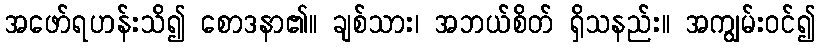
အဖော်ရဟန်းသိ၍ စောဒနာ၏။ ချစ်သား၊ အဘယ်စိတ် ရှိသနည်း။ အကျွမ်းဝင်၍